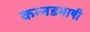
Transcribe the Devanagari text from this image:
कन्नडभाषी